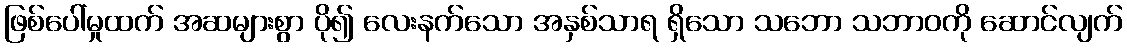
ဖြစ်ပေါ်မှုထက် အဆများစွာ ပို၍ လေးနက်သော အနှစ်သာရ ရှိသော သဘော သဘာဝကို ဆောင်လျက်